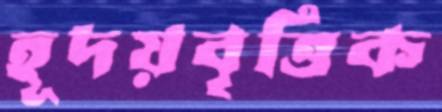
হূদয়বৃত্তিক